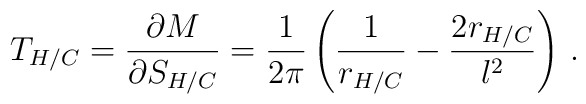
T_{H/C} = \frac{\partial M}{\partial S_{H/C}} = \frac{1}{2\pi}\left(          \frac{1}{r_{H/C}} - \frac{2r_{H/C}}{l^2}\right)\,.